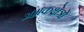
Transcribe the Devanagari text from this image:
अभ्रकक्षेत्रों